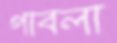
পাবলা